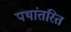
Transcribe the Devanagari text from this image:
पथांतरित